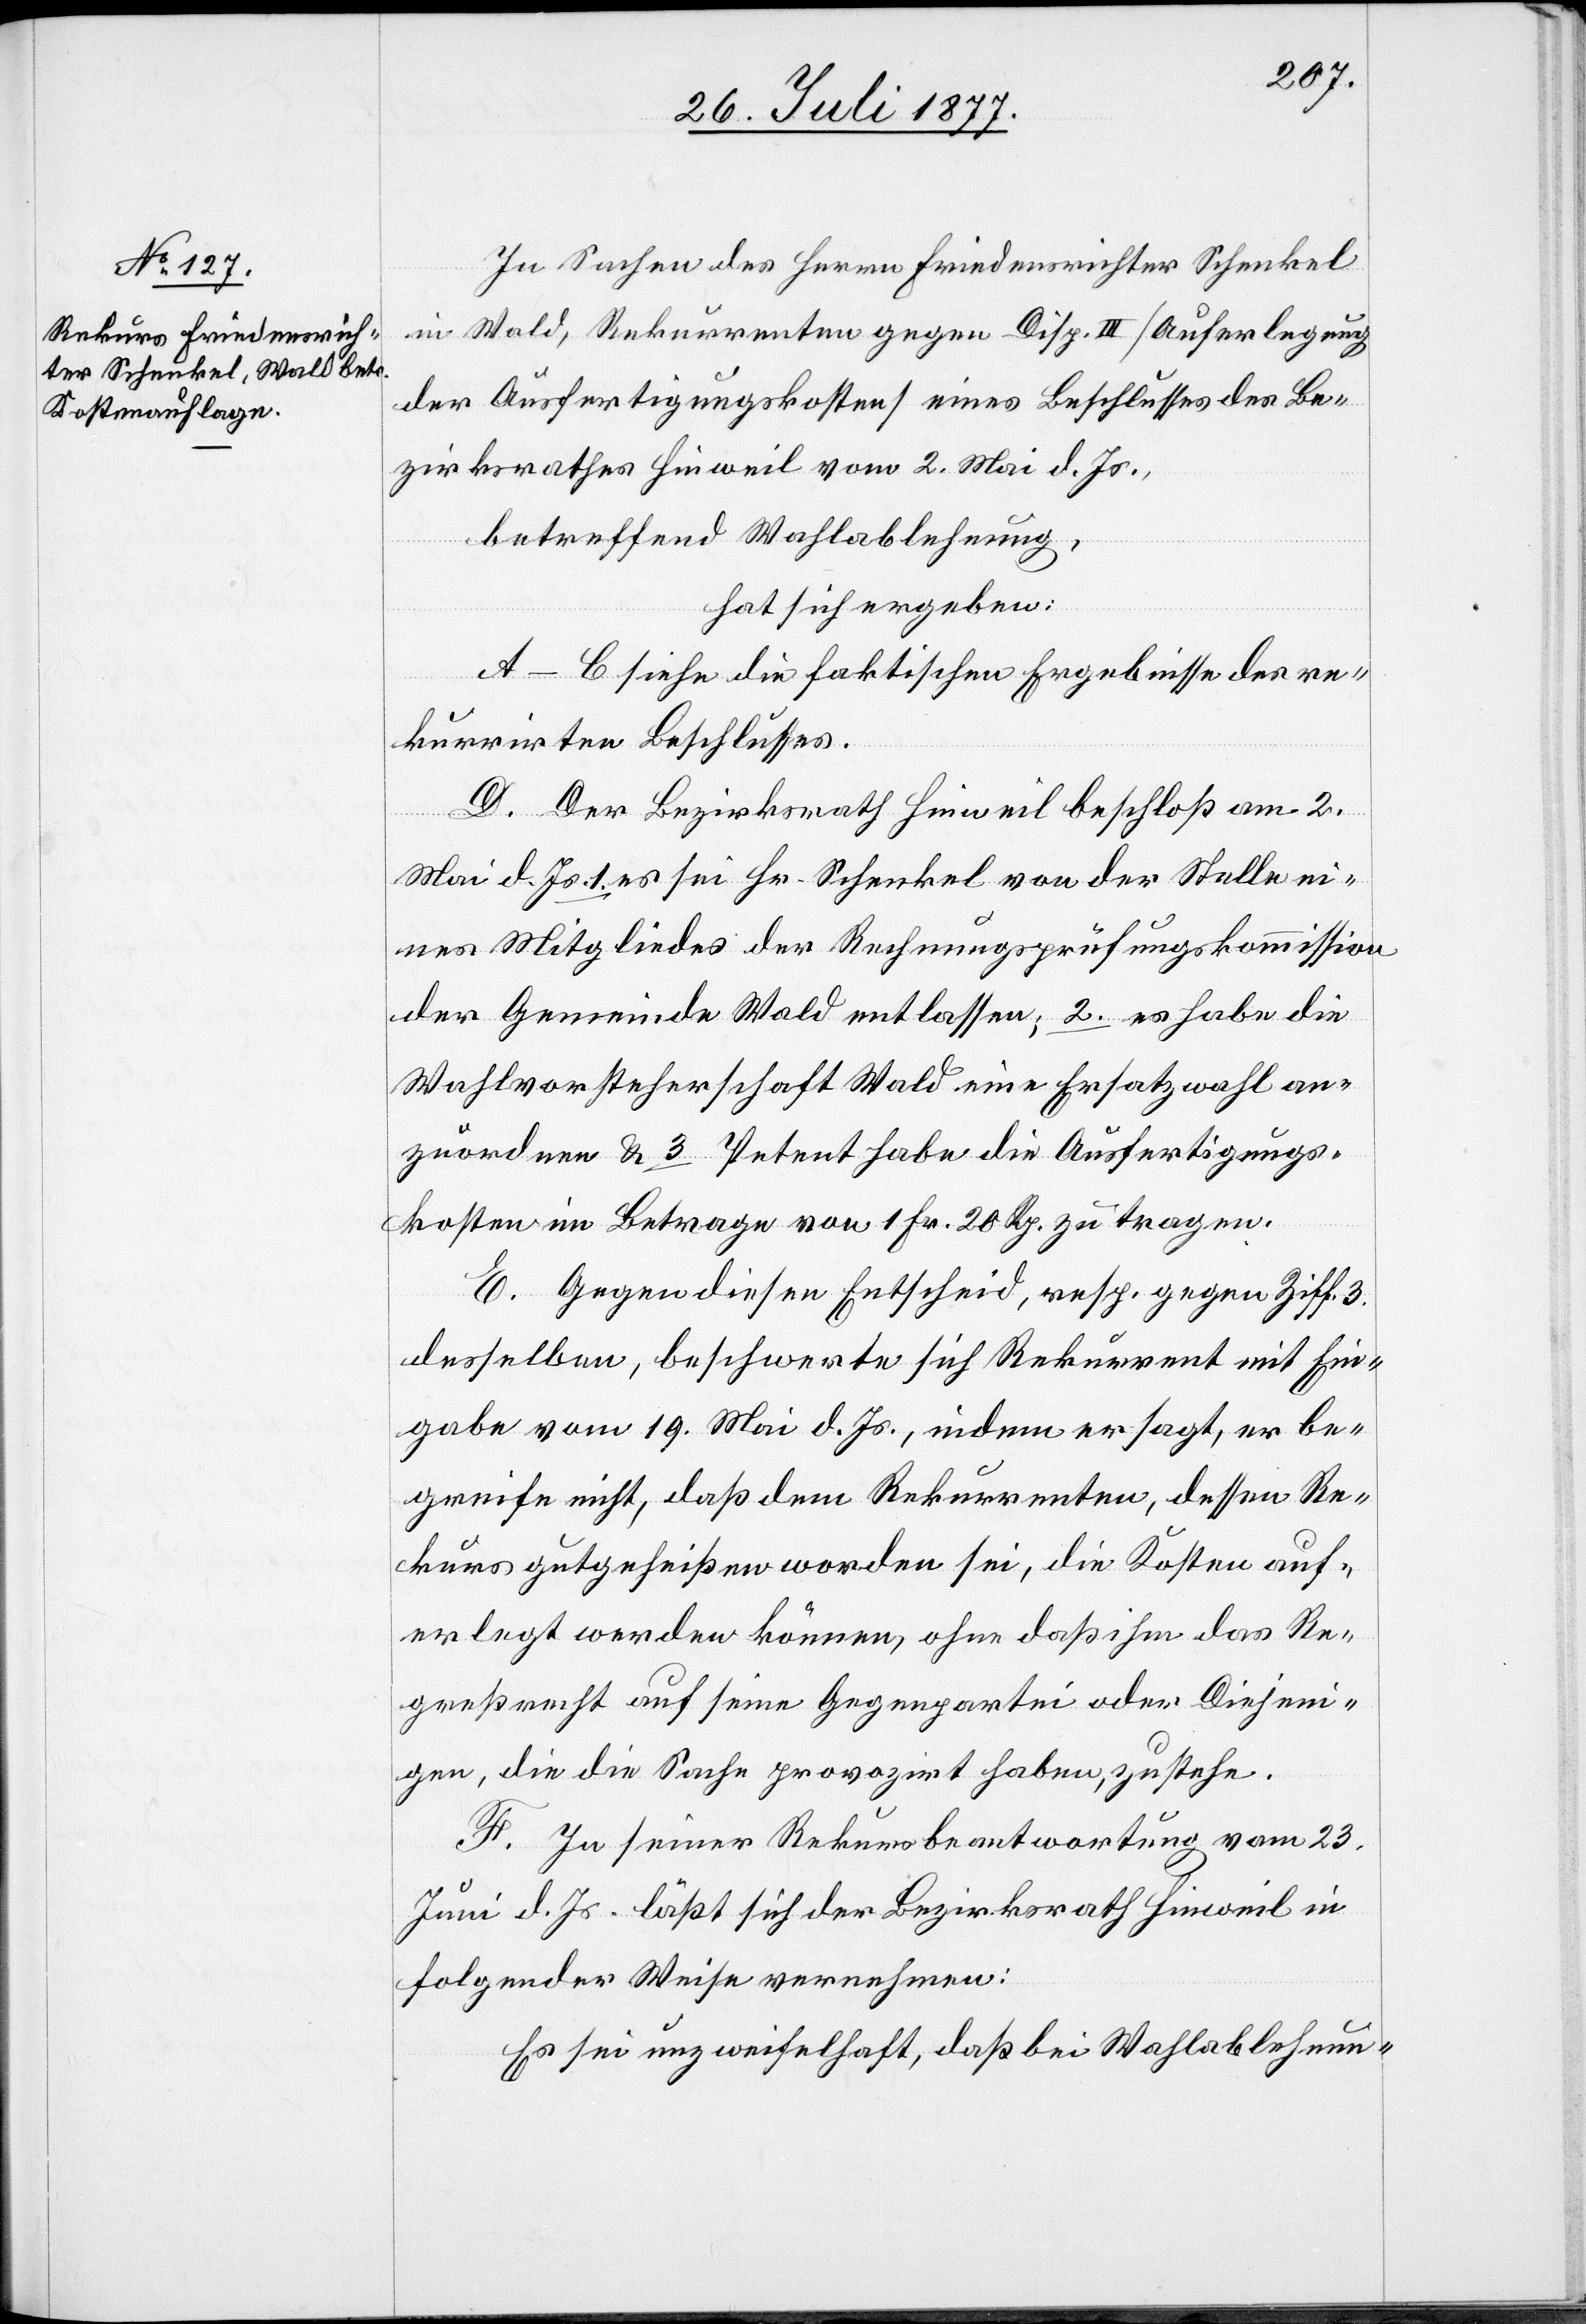
In Sachen des Herrn Friedensrichter Schenkel
in Wald, Rekurrenten gegen Disp. III [Auferlegung
der Ausfertigungskosten] eines Beschlusses des Be¬
zirksrathes Hinweil vom 2. Mai d. Js.,
betreffend Wahlablehnung,
hat sich ergeben:
A–C siehe die faktischen Ergebnisse des re¬
kurrirten Beschlusses.
D. Der Bezirksrath Hinweil beschloß am 2.
Mai d. Js. 1. es sei Hr. Schenkel von der Stelle ei¬
nes Mitgliedes der Rechnungsprüfungskommission
der Gemeinde Wald entlassen; 2. es habe die
Wahlvorsteherschaft Wald eine Ersatzwahl an¬
zuordnen & 3. Petent habe die Ausfertigungs¬
kosten im Betrage von 1 Fr. 20 Rp. zu tragen.
E. Gegen diesen Entscheid, resp. gegen Ziff. 3.
desselben, beschwerte sich Rekurrent mit Ein¬
gabe vom 19. Mai d. Js., indem er sagt, er be¬
greife nicht, daß dem Rekurrenten, dessen Re¬
kurs gutgeheißen worden sei, die Kosten auf¬
erlegt werden können, ohne daß ihm das Re¬
greßrecht auf seine Gegenpartei oder Diejeni¬
gen, die die Sache provozirt haben, zustehe.
F. In seiner Rekursbeantwortung vom 23.
Juni d. Js. läßt sich der Bezirksrath Hinweil in
folgender Weise vernehmen:
Es sei unzweifelhaft, daß bei Wahlablehnun-